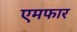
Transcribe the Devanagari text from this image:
एमफार